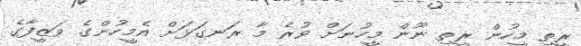
ރީތި މީހުން ރީތި ނޫން މީހުނަށް ވުރެ މާ ރަނގަޅަށް އެމީހުންގެ ވަޒީފާގެ